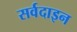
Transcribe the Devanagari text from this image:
सर्वदाइन